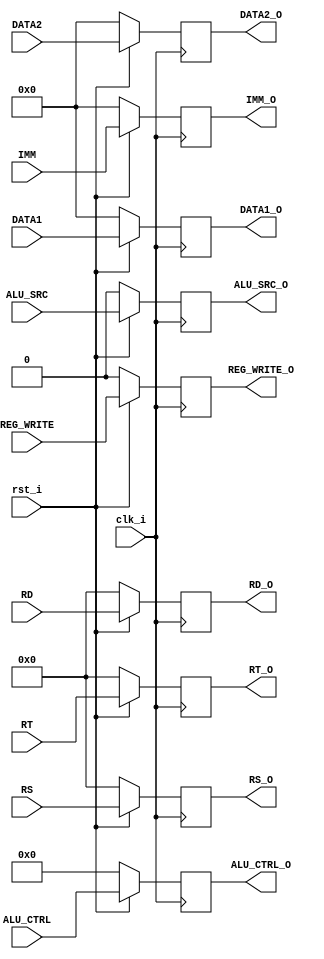

`timescale 1ns/1ps

module ID_EX(
    input           	 clk_i,
	input           	 rst_i,
    
    input                REG_WRITE,
    input                ALU_SRC,
    input       [3:0] 	 ALU_CTRL,
    input       [31:0]   DATA1,
    input       [31:0]   DATA2,
    input       [31:0]   IMM,
    input       [4:0]    RS,
    input       [4:0]    RT,
    input       [4:0]    RD,

    output wire          REG_WRITE_O,
    output wire          ALU_SRC_O,
    output wire [3:0] 	 ALU_CTRL_O,
    output wire [31:0]   DATA1_O,
    output wire [31:0]   DATA2_O,
    output wire [31:0]   IMM_O,
    output wire [4:0]    RS_O,
    output wire [4:0]    RT_O,
    output wire [4:0]    RD_O
    );


    reg                  reg_write;
    reg                  alu_src;
    reg         [3:0]    alu_ctrl;
    reg         [31:0]   data1;
    reg         [31:0]   data2;
    reg         [31:0]   imm;
    reg         [4:0]    rs;
    reg         [4:0]    rt;
    reg         [4:0]    rd;

    assign REG_WRITE_O = reg_write;
    assign ALU_SRC_O = alu_src;
    assign ALU_CTRL_O = alu_ctrl;
    assign DATA1_O = data1;
    assign DATA2_O = data2;
    assign IMM_O = imm;
    assign RS_O = rs;
    assign RT_O = rt;
    assign RD_O = rd;

    always@(posedge clk_i) begin
        if(!rst_i) begin
            reg_write = 0;
            alu_src = 0;
            alu_ctrl = 0;
            data1 = 0;
            data2 = 0;
            imm = 0;
            rs = 0;
            rt = 0;
            rd = 0;
        end
        else begin
            reg_write = REG_WRITE;
            alu_src = ALU_SRC;
            alu_ctrl = ALU_CTRL;
            data1 = DATA1;
            data2 = DATA2;
            imm = IMM;
            rs = RS;
            rt = RT;
            rd = RD;
            // $display("IDEX: ctrl=%4b, rs=%2d, rt=%2d, rd=%2d, imm=%5d, data1=%5d, data2=%5d, rw=%1b"
            // , alu_ctrl, rs, rt, rd, imm, data1, data2, reg_write);
        end
    end



endmodule